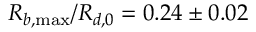
R _ { b , \operatorname* { m a x } } / R _ { d , 0 } = 0 . 2 4 \pm 0 . 0 2